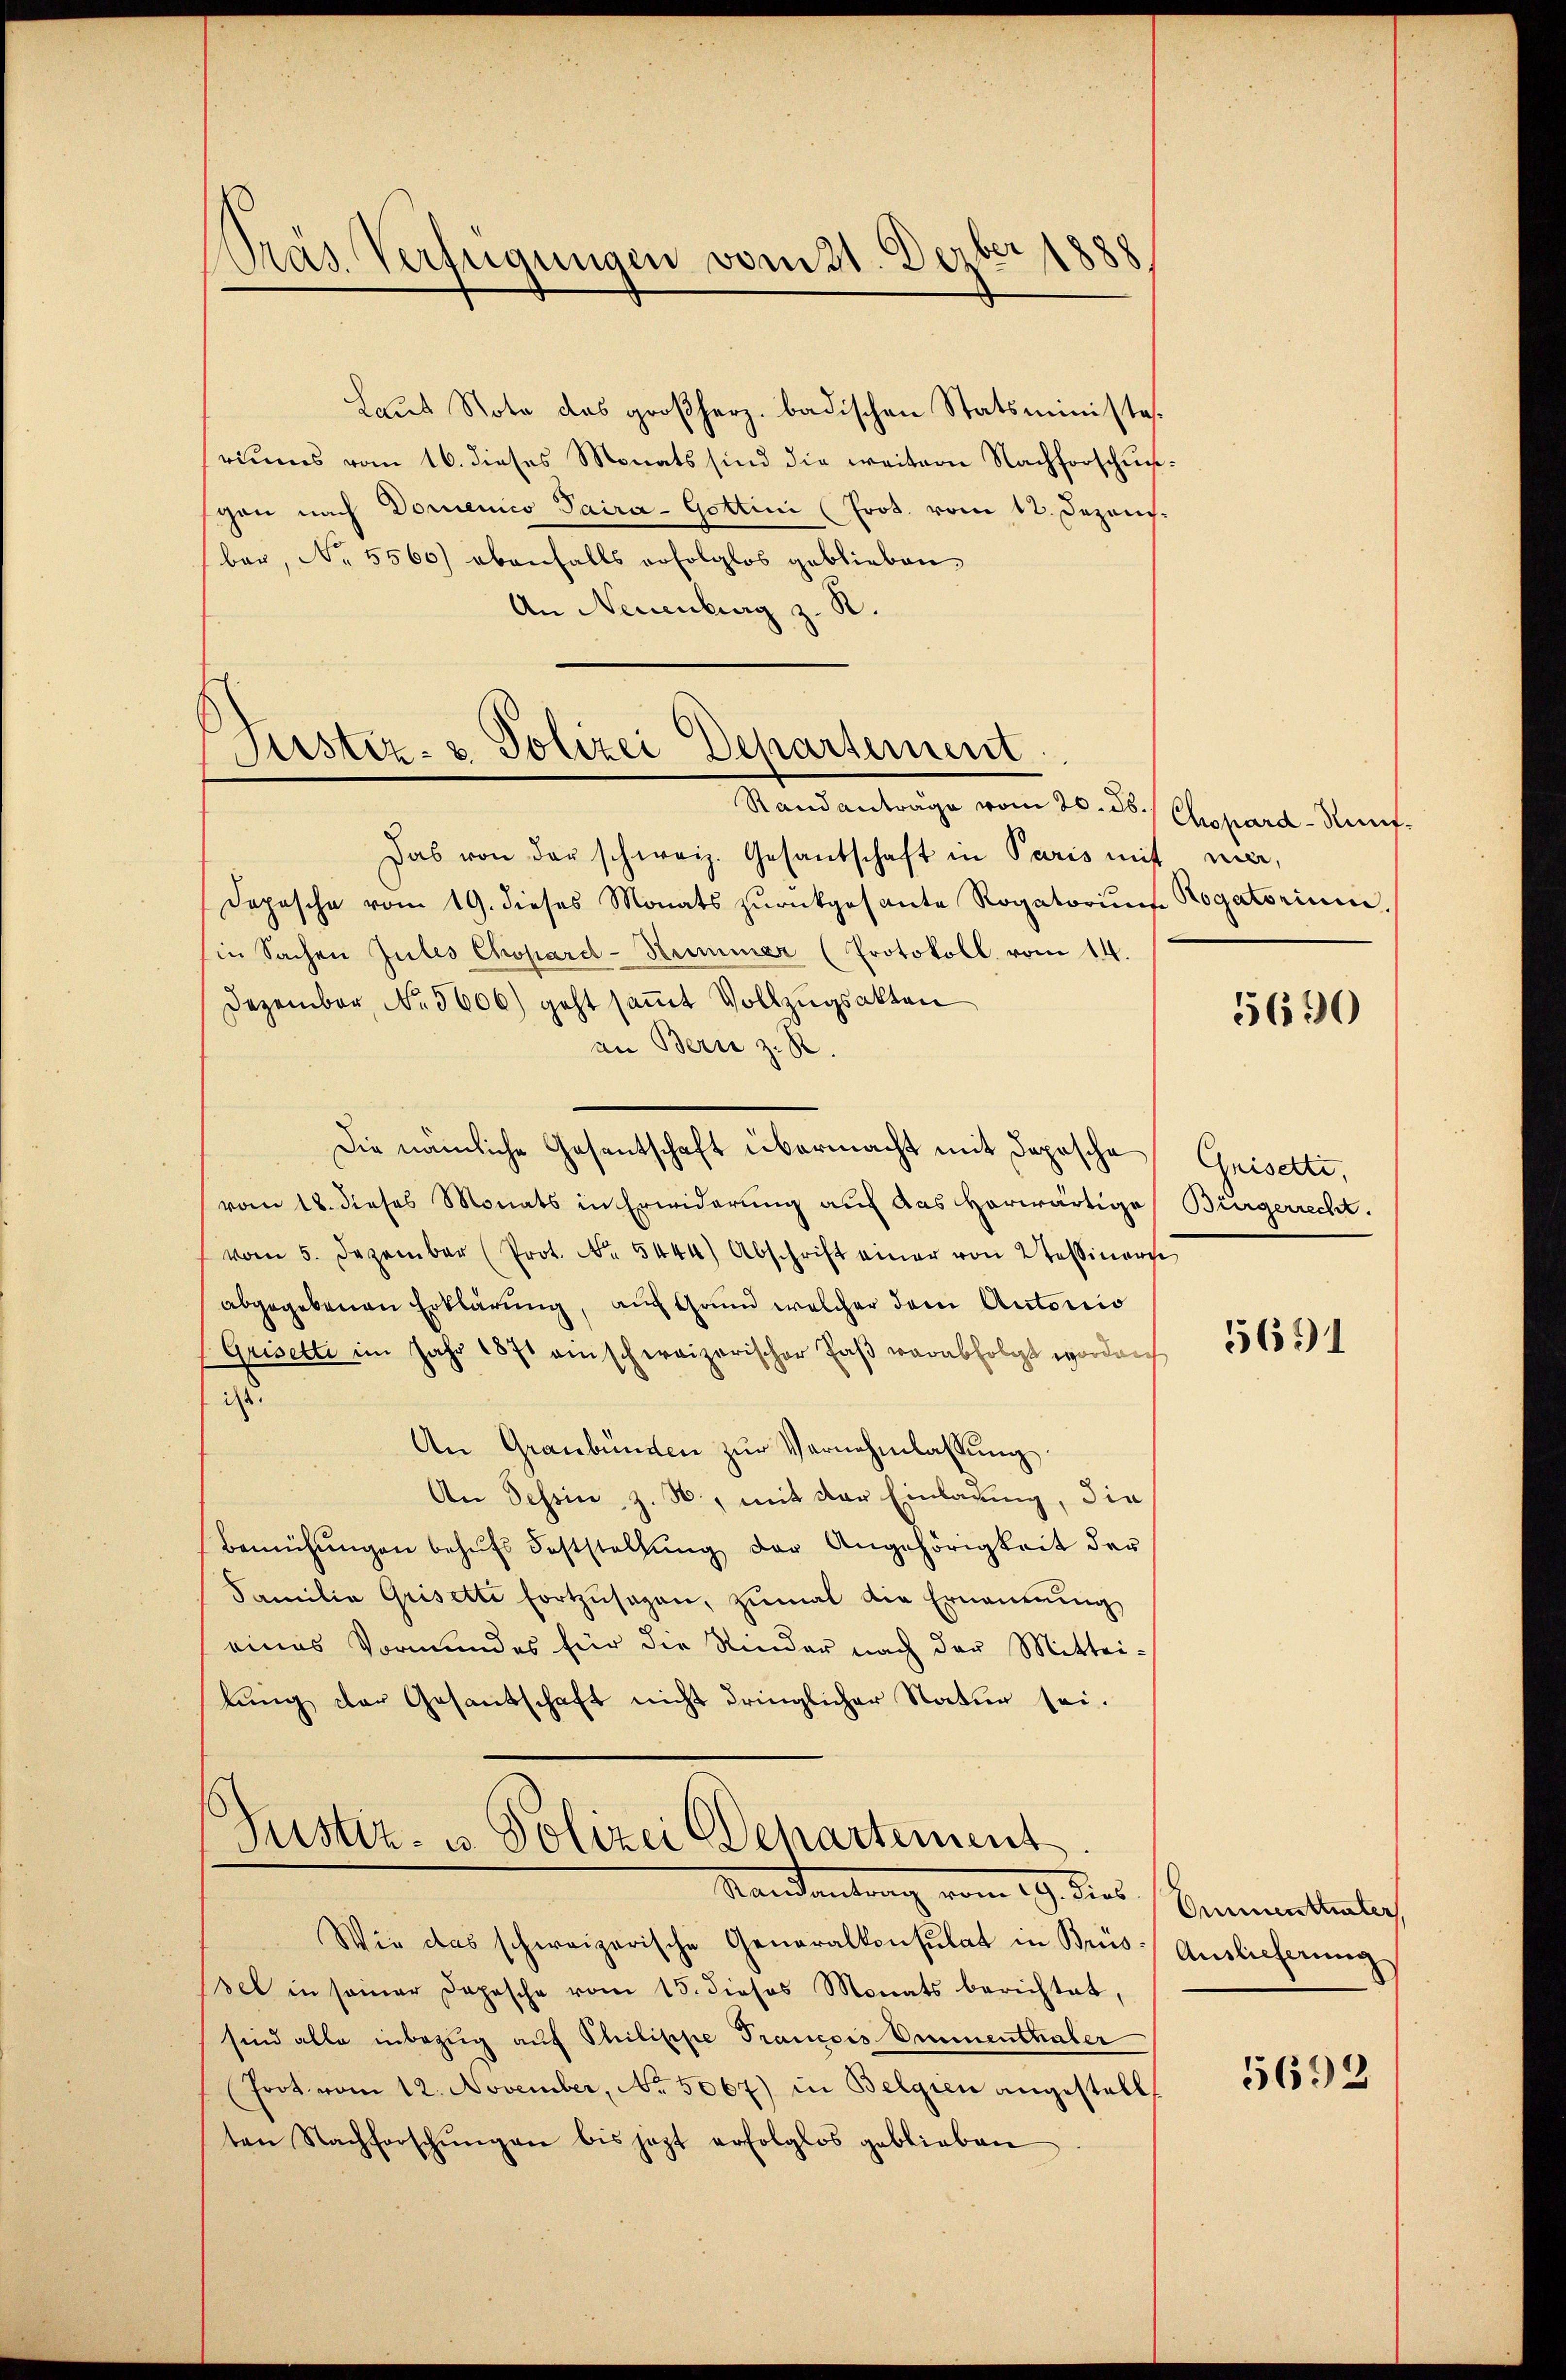
Pras Verfügungen vom 21. Dezbr 1888

Laŭs Note das großherz. badischen Statsministe
riums vom 16. dieses Monats sind die weitern Nachforschungen nach Domenico Paira - Gottini (Prot. vom 12. Dezem.
ber, No. 5560) ebenfalls erfolglos geblieben
An Neuenburg z. R.

Firster- & Polizei Departement
Randanträge vom 20. ds.

Das von der schweiz. Gesandschaft in Paris mit mer,
Depesche vom 19. dieses Monats zŭrückgesante Rogatorium Rogatorium.
in Sachen Gutes Chopard-Hummer (Protokoll vom 14.
Dezember, No. 5606) geht sammt Vollzugsakten
an Bern z. R.
Die nämliche Gesentschaft übermacht mit Depesche
vom 18. dieses Monats in Erwiderung auf das Horwärtige Bürgerrecht.
vom 5. Dezember (Prot. No. 5444) Abschrift einer von 2tessiners
abgegebenen Erklärung, auf Grund welcher dem Autorio
Grisette im Jahr 1871 einschweizerischer Paß verabfolgt worden
is
An Graubünden zŭr Vernehmlassŭng.
An Tessin, z. B., mit der Einladung, die
bemühŭngen behŭfs Feststellŭng der Angehörigkeit der
Familie Grisetti fortzŭsagen, zŭmal die Ernennung
eines Vormundes für die Rinder nach der Mittei-
lung der Gesandschaft nicht dringlicher Statur sei.
Justiz- u Polizei denartement
Randantrag vom 19. dies / Heimattenlich
Wie das schweizerische Generalkonsulat in Bris Auslieferung
sel in seiner Depesche vom 15. dieses Monats berichtet,
sind alle inbezug auf Philische Trancois Emmenthaler
(Joot vom 12. November, No. 5067) in Belgien angestellt
ten Nachforschŭngen bis jezt erfolglos geblieben

Chopard-Rünf-

5690

Guisetti,

5691

5692